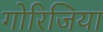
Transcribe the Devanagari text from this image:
गोरिजिया